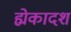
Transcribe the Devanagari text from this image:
ह्मेकादशं